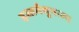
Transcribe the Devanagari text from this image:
हस्तमैथुनाला